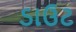
ડાઉટ